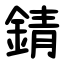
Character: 錆